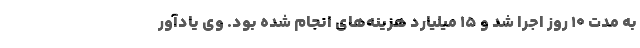
به مدت ۱۰ روز اجرا شد و ۱۵ میلیارد هزینه‌های انجام شده بود. وی یادآور